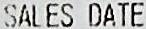
SALES DATE